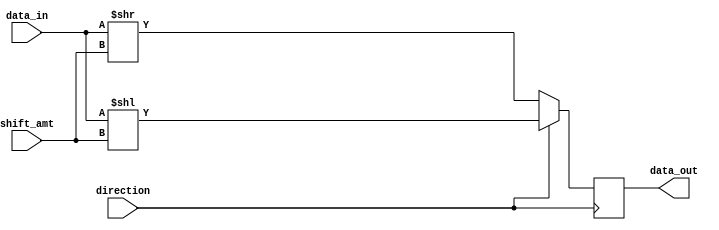
module Barrel_Shifter (
  input [7:0] data_in,
  input [2:0] shift_amt,
  input direction,
  output reg [7:0] data_out
);

reg [7:0] temp;

always @ (data_in or shift_amt or direction)
begin
  if (direction)
    temp = data_in << shift_amt;
  else
    temp = data_in >> shift_amt;
end

always @ (negedge direction)
  data_out <= temp;

endmodule